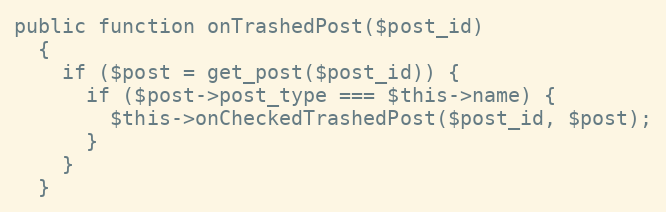
Language: PHP
public function onTrashedPost($post_id)
  {
    if ($post = get_post($post_id)) {
      if ($post->post_type === $this->name) {
        $this->onCheckedTrashedPost($post_id, $post);
      }
    }
  }